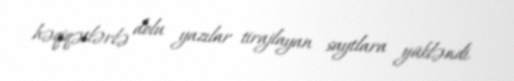
həqiqətlərlə dolu yazılar tirajlayan saytlara yükləndi.